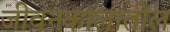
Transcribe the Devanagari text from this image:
जीवनकालातील